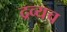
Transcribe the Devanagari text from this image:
द्रव्यच